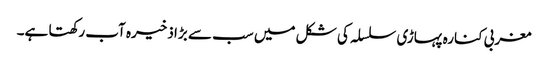
مغربی کنارہ پہاڑی سلسلہ کی شکل میں سب سے بڑا ذخیرہ آب رکھتا ہے۔